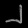
Digit: ၂